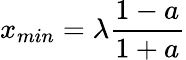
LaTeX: x_{min}=\lambda\frac{1-a}{1+a}